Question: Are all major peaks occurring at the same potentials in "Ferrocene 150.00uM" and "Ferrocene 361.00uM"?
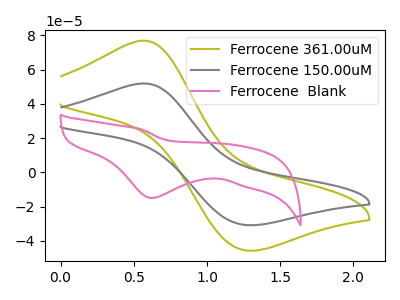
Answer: <think>The olive curve "Ferrocene 361.00uM" has an anodic peak at (0.55V, 76.95uA) and a cathodic peak at (1.30V, -45.75uA). The gray curve "Ferrocene 150.00uM" has an anodic peak at (0.55V, 51.95uA) and a cathodic peak at (1.30V, -30.85uA). The pink curve "Ferrocene  Blank" has a cathodic peak at: (0.60V, -15.00uA).</think>
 <answer>Yes, "Ferrocene 150.00uM" have a peak in "Ferrocene 361.00uM" at the same potential.</answer>
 <eval>match</eval>